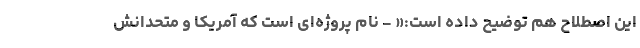
این اصطلاح هم توضیح داده است:« - نام پروژه‌ای است که آمریکا و متحدانش